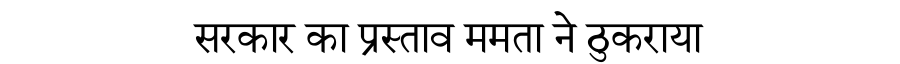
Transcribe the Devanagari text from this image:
सरकार का प्रस्ताव ममता ने ठुकराया